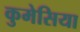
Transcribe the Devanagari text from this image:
कुमेसिया